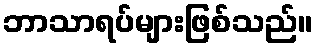
ဘာသာရပ်များဖြစ်သည်။